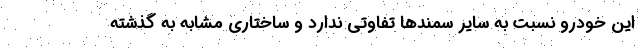
این خودرو نسبت به سایر سمندها تفاوتی ندارد و ساختاری مشابه به گذشته